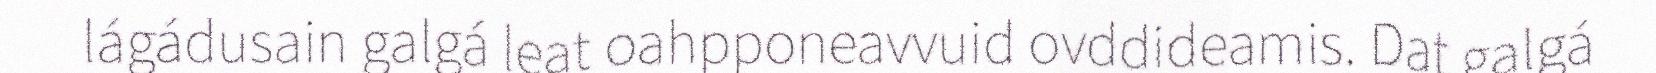
lágádusain galgá leat oahpponeavvuid ovddideamis. Dat galgá